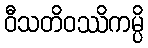
ဝီသတိဝဿိကမ္ပိ